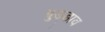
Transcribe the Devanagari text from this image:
बुड्डाव